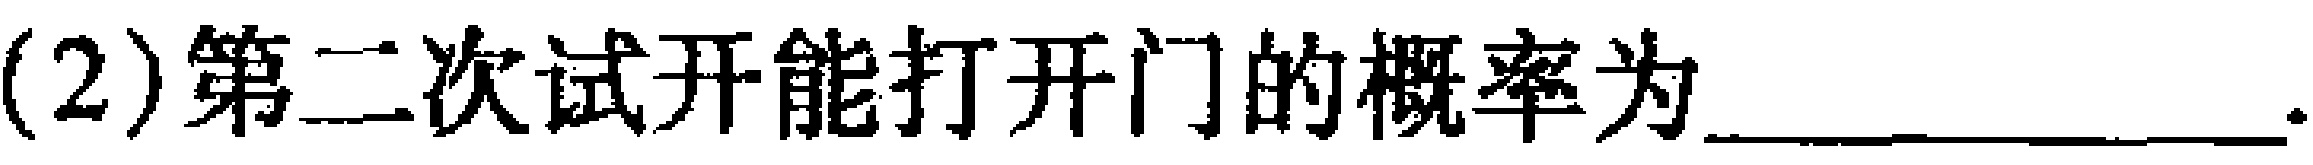
(2)第二次试开能打开门的概率为______________.